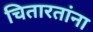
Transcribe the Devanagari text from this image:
चितारतांना